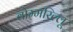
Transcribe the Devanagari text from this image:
बोम्मरिल्लू